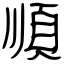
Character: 順